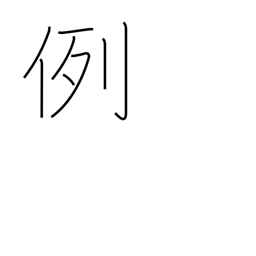
Meaning: custom